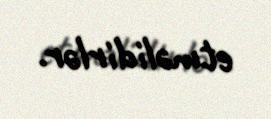
etməlidirlər.